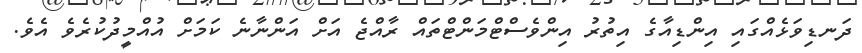
ދަނޑިވަޅެއްގައި އިންޑިއާގެ އިތުރު އިންވެސްޓްމަންޓްތައް ރާއްޖެ އަށް އަންނާނެ ކަމަށް އުއްމީދުކުރެވެ އެވެ.